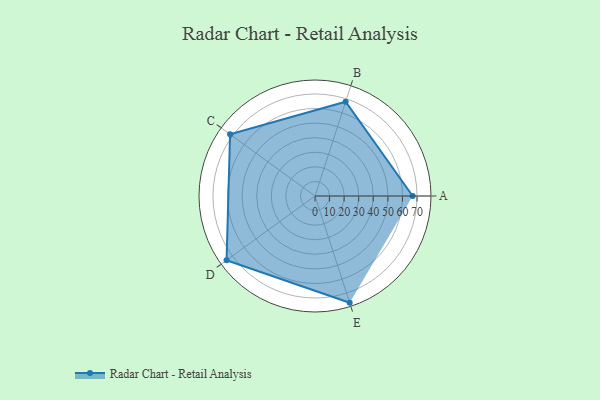
{"axis": {"x": "Skill", "y": "Score"}, "legend": ["Profile"], "data": [{"x": "A", "y": 67.0, "type": "Profile"}, {"x": "B", "y": 68.0, "type": "Profile"}, {"x": "C", "y": 72.0, "type": "Profile"}, {"x": "D", "y": 75.0, "type": "Profile"}, {"x": "E", "y": 77.0, "type": "Profile"}]}